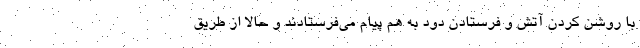
با روشن کردن آتش و فرستادن دود به هم پیام می‌فرستادند و حالا از طریق